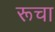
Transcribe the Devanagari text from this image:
रूचा